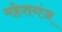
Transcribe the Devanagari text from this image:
महेशगंज